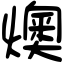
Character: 燠